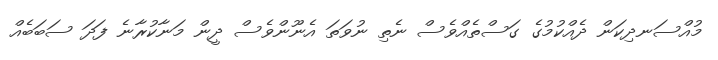
މުއްސަނދިކަން ދެއްކުމުގެ ގަސްތެއްވެސް ނެތި ނުވަތަ އެނޫންވެސް ދީން މަނާކުރާނެ ފަދަ ސަބަބެއް